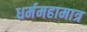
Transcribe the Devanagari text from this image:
धर्ममहामात्र